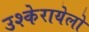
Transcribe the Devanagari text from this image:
उश्केरायेलो